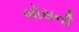
બૉસની